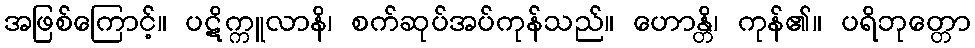
အဖြစ်ကြောင့်။ ပဋိက္ကူလာနိ၊ စက်ဆုပ်အပ်ကုန်သည်။ ဟောန္တိ၊ ကုန်၏။ ပရိဘုတ္တော